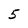
Character: 5